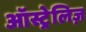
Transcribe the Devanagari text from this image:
ऑस्ट्रेलिज़